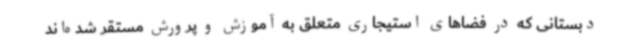
دبستانی که در فضاهای استیجاری متعلق به آموزش و پرورش مستقر شده‌اند